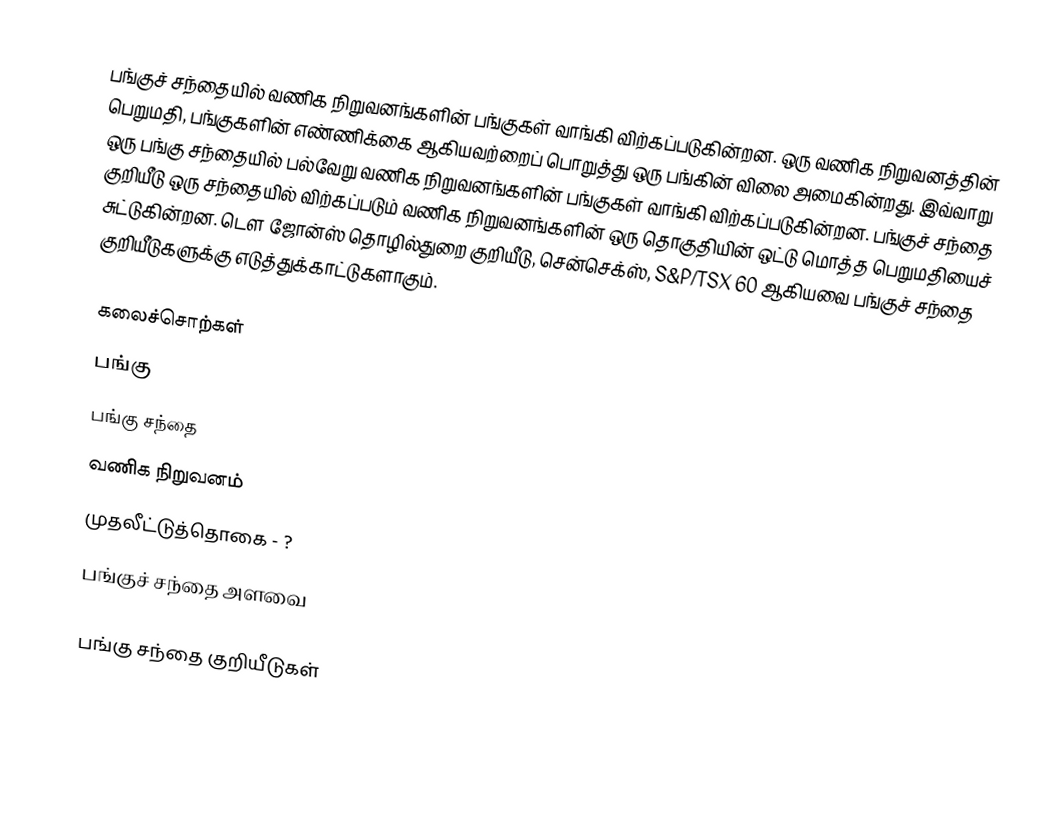
பங்குச் சந்தையில் வணிக நிறுவனங்களின் பங்குகள் வாங்கி விற்கப்படுகின்றன. ஒரு வணிக நிறுவனத்தின் பெறுமதி, பங்குகளின் எண்ணிக்கை ஆகியவற்றைப் பொறுத்து ஒரு பங்கின் விலை அமைகின்றது. இவ்வாறு ஒரு பங்கு சந்தையில் பல்வேறு வணிக நிறுவனங்களின் பங்குகள் வாங்கி விற்கப்படுகின்றன. பங்குச் சந்தை குறியீடு ஒரு சந்தையில் விற்கப்படும் வணிக நிறுவனங்களின் ஒரு தொகுதியின் ஒட்டு மொத்த பெறுமதியைச் சுட்டுகின்றன. டௌ ஜோன்ஸ் தொழில்துறை குறியீடு, சென்செக்ஸ், S&P/TSX 60 ஆகியவை பங்குச் சந்தை குறியீடுகளுக்கு எடுத்துக்காட்டுகளாகும்.

கலைச்சொற்கள்
 பங்கு
 பங்கு சந்தை
 வணிக நிறுவனம்
 முதலீட்டுத்தொகை - ?
 பங்குச் சந்தை அளவை

பங்கு சந்தை குறியீடுகள்